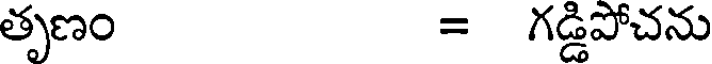
తృణం = గడ్డిపోచను